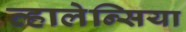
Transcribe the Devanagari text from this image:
व्हालेन्सिया